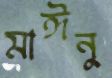
মাঈনু